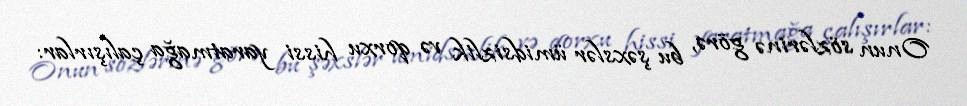
Onun sözlərinə görə, bu şəxslər ümidsizlik və qorxu hissi yaratmağa çalışırlar: